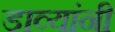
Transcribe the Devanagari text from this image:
डाव्यांनी